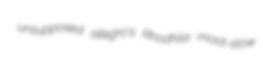
unsupposed allegro's Rhodhiss moot-stow